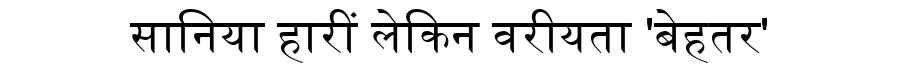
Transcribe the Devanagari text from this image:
सानिया हारीं लेकिन वरीयता 'बेहतर'